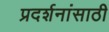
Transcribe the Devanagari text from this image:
प्रदर्शनांसाठी